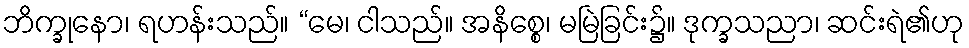
ဘိက္ခုနော၊ ရဟန်းသည်။ “မေ၊ ငါသည်။ အနိစ္စေ၊ မမြဲခြင်း၌။ ဒုက္ခသညာ၊ ဆင်းရဲ၏ဟု